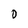
Character: 0